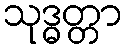
သုဒ္ဓတ္တာ